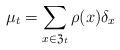
LaTeX: \begin{align*}\mu_{t}=\sum_{x\in\mathfrak{Z}_{t}}\rho(x)\delta_{x}\end{align*}